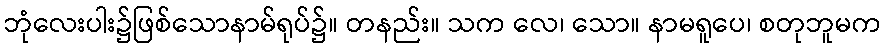
ဘုံလေးပါး၌ဖြစ်သောနာမ်ရုပ်၌။ တနည်း။ သက လေ၊ သော။ နာမရူပေ၊ စတုဘူမက